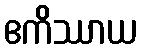
ဧကိဿာယ